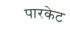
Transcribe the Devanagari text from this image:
पारकेट